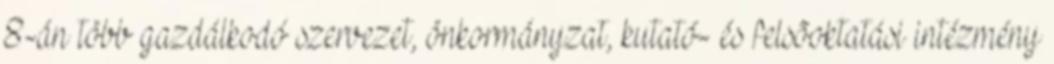
8-án több gazdálkodó szervezet, önkormányzat, kutató- és felsõoktatási intézmény